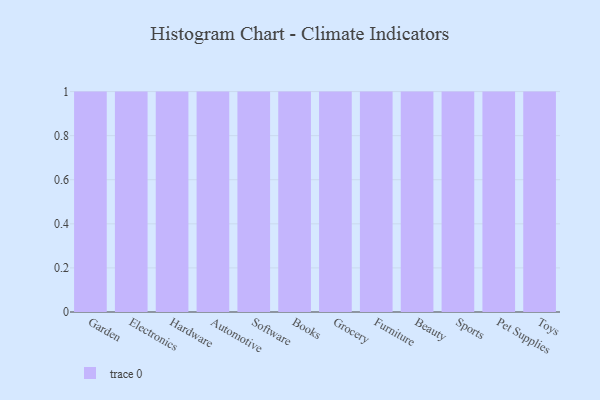
{"axis": {"x": "Category", "y": "Revenue (USD Million)"}, "legend": [""], "data": [{"x": "Garden", "y": 15, "type": ""}, {"x": "Electronics", "y": 7, "type": ""}, {"x": "Hardware", "y": 4, "type": ""}, {"x": "Automotive", "y": 92, "type": ""}, {"x": "Software", "y": 27, "type": ""}, {"x": "Books", "y": 46, "type": ""}, {"x": "Grocery", "y": 88, "type": ""}, {"x": "Furniture", "y": 13, "type": ""}, {"x": "Beauty", "y": 14, "type": ""}, {"x": "Sports", "y": 70, "type": ""}, {"x": "Pet Supplies", "y": 62, "type": ""}, {"x": "Toys", "y": 71, "type": ""}]}